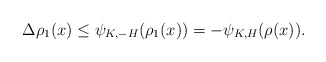
\begin{align*}\Delta \rho_1(x) \leq \psi_{K,-H} (\rho_1(x)) =-\psi_{K,H} (\rho(x)).\end{align*}